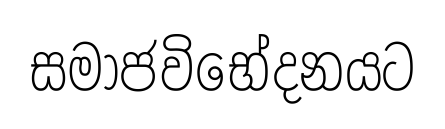
සමාජවිභේදනයට